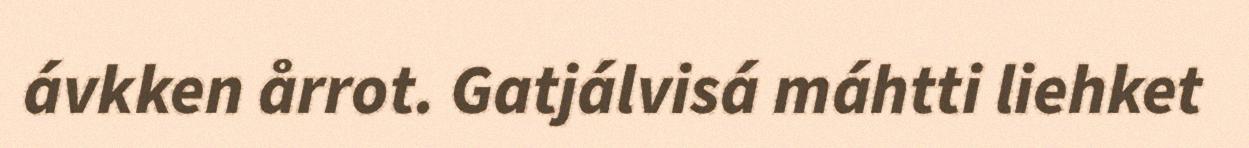
ávkken årrot. Gatjálvisá máhtti liehket